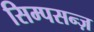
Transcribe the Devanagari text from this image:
सिम्पसन्ज़